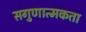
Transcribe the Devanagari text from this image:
सगुणात्मकता